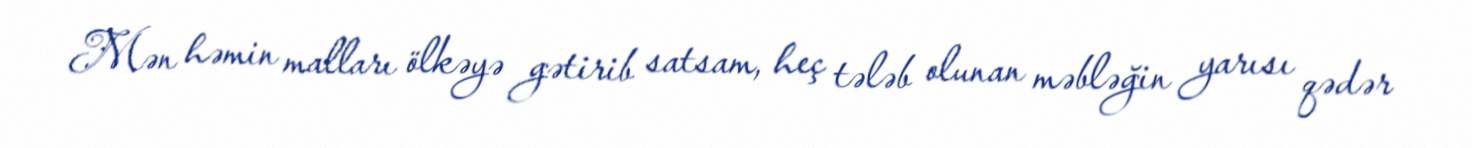
Mən həmin malları ölkəyə gətirib satsam, heç tələb olunan məbləğin yarısı qədər